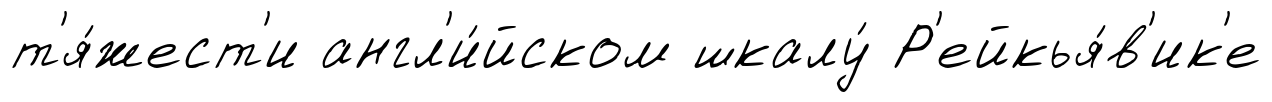
т'я́жест'и англ'и́йском шкалу́ Р'ейкья́в'ик'е